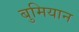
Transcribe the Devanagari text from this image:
बुमियान